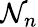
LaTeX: \mathcal{N}_{n}